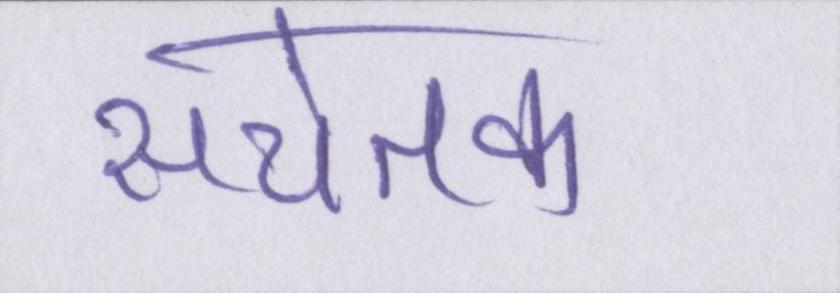
सचेतक